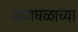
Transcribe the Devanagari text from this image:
वटवघळाच्या